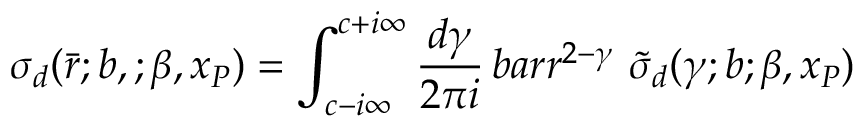
\sigma _ { d } ( \bar { r } ; b , ; \beta , x _ { \cal P } ) = \int _ { c - i \infty } ^ { c + i \infty } \frac { d \gamma } { 2 \pi i } \, b a r { r } ^ { 2 - \gamma } \ \tilde { \sigma } _ { d } ( \gamma ; b ; \beta , x _ { \cal P } )